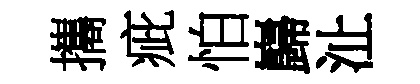
攜疵怕巋沚